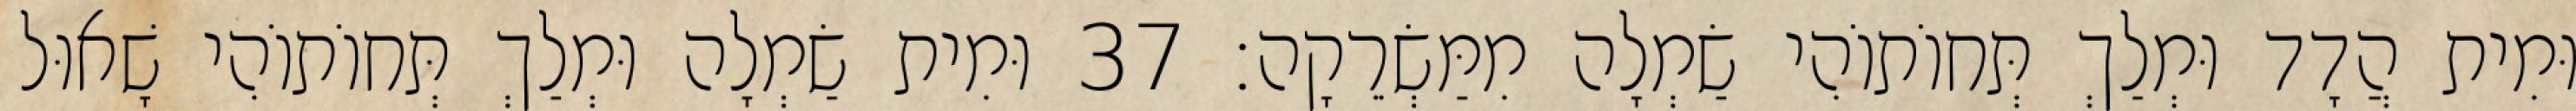
וּמִית הֲדָד וּמְלַךְ תְּחוֹתוֹהִי שַׂמְלָה מִמַּשְׂרֵקָה׃ 37 וּמִית שַׂמְלָה וּמְלַךְ תְּחוֹתוֹהִי שָׁאוּל